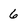
Character: 6